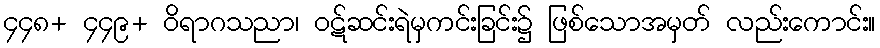
၄၄၈+ ၄၄၉+ ဝိရာဂသညာ၊ ဝဋ်ဆင်းရဲမှကင်းခြင်း၌ ဖြစ်သောအမှတ် လည်းကောင်း။